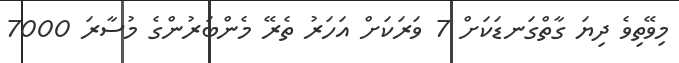
މިވޭތިވެ ދިޔަ ގާތްގަނޑަކަށް 7 ވަރަކަށް އަހަރު ތެރޭ މެންބަރުންގެ މުސާރަ 7000